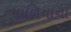
માળિયાના